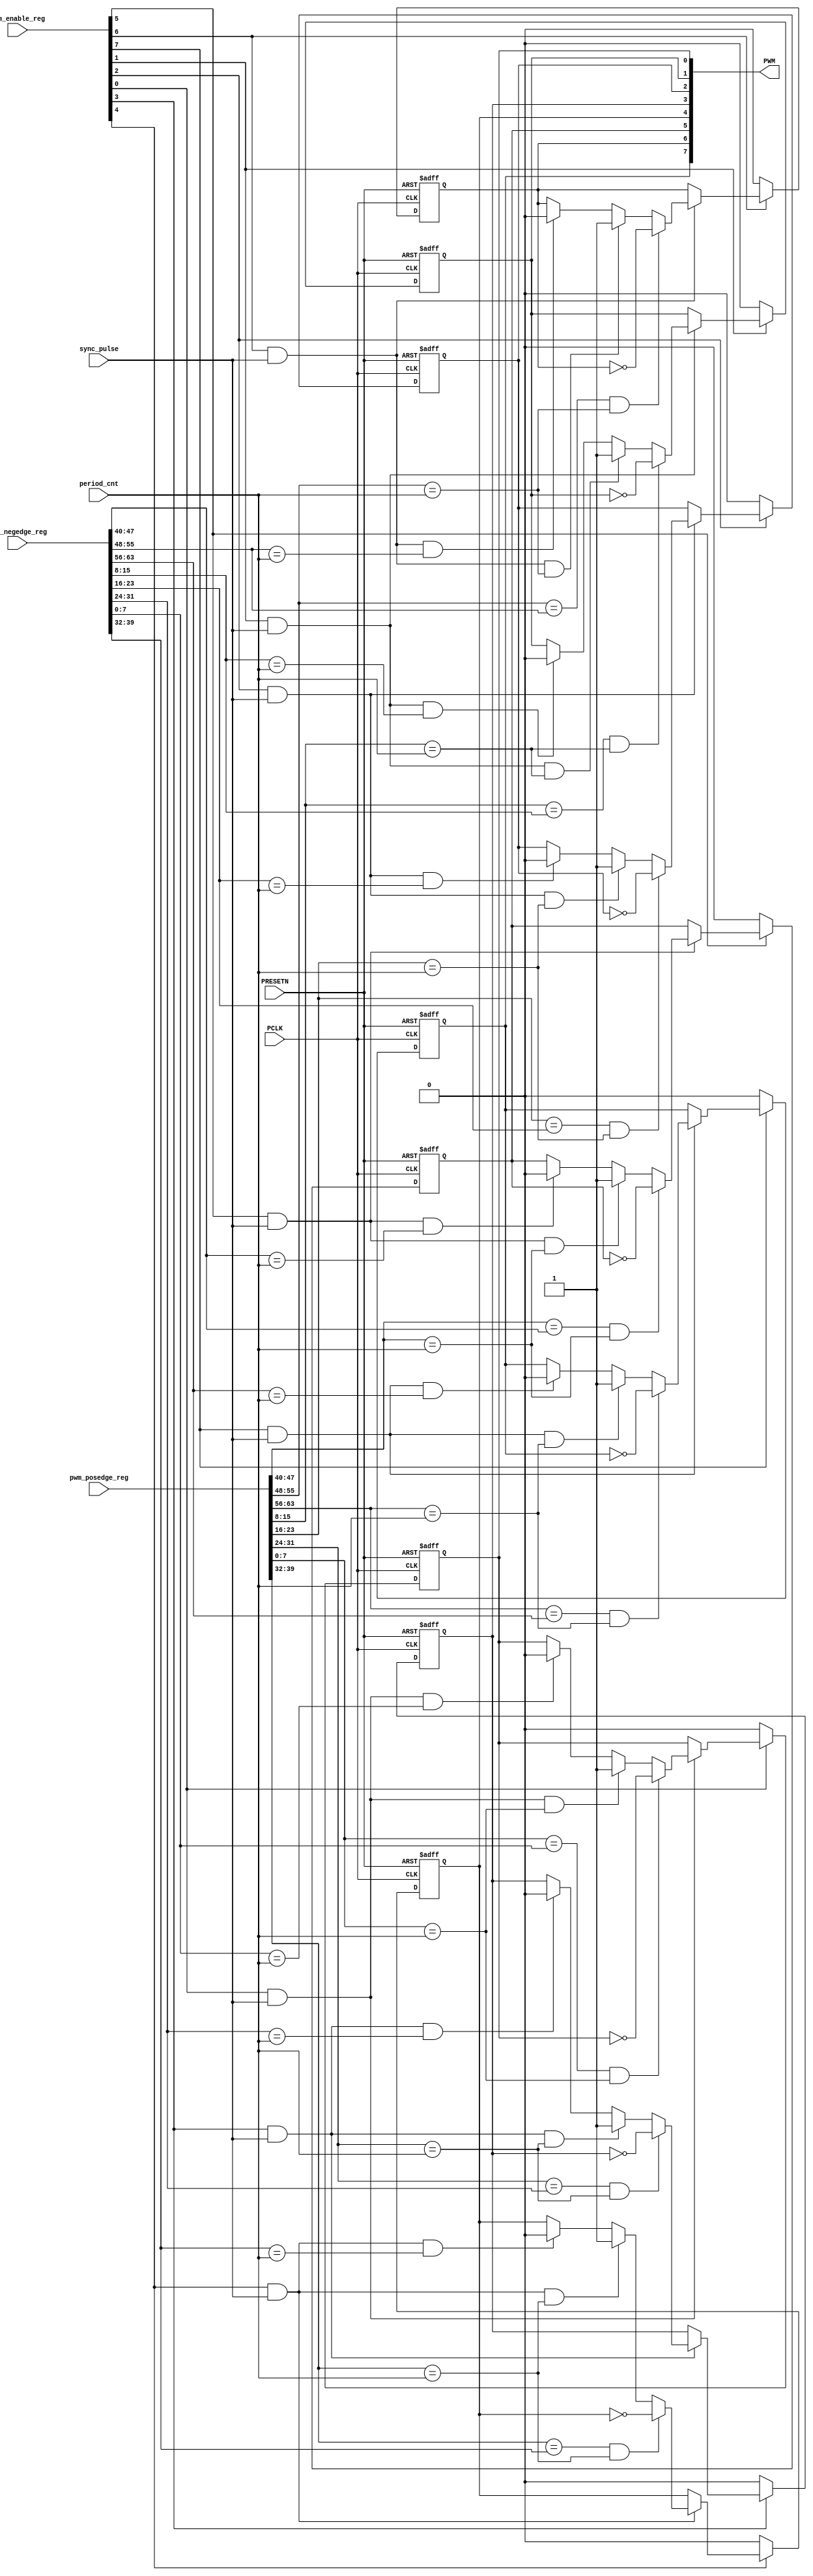
/******************************************************************************

    File Name:  pwm_gen.v
      Version:  4.0
         Date:  July 14th, 2009
  Description:  PWM Generation Module
  
  
  SVN Revision Information:
  SVN $Revision: 10769 $
  SVN $Date: 2009-11-05 15:38:11 -0800 (Thu, 05 Nov 2009) $  
  
  

 COPYRIGHT 2009 BY ACTEL 
 THE INFORMATION CONTAINED IN THIS DOCUMENT IS SUBJECT TO LICENSING RESTRICTIONS 
 FROM ACTEL CORP.  IF YOU ARE NOT IN POSSESSION OF WRITTEN AUTHORIZATION FROM 
 ACTEL FOR USE OF THIS FILE, THEN THE FILE SHOULD BE IMMEDIATELY DESTROYED AND 
 NO BACK-UP OF THE FILE SHOULD BE MADE. 
 
FUNCTIONAL DESCRIPTION: 
Refer to the CorePWM Handbook.
******************************************************************************/
`timescale 1 ns / 1 ns // timescale for following modules

module pwm_gen #(
parameter PWM_NUM = 8,
parameter APB_DWIDTH = 8,
parameter DAC_MODE = 0
) (
input  PRESETN, 
input  PCLK, 
output [PWM_NUM:1] PWM,
input [APB_DWIDTH-1:0] period_cnt,
input [PWM_NUM:1] pwm_enable_reg,
input [PWM_NUM*APB_DWIDTH:1] pwm_posedge_reg ,
input [PWM_NUM*APB_DWIDTH:1] pwm_negedge_reg ,
input sync_pulse
);

//reg declarations
reg [PWM_NUM:1] PWM_int;
reg [PWM_NUM*(APB_DWIDTH+1):1] acc;
//////main//////
assign PWM[PWM_NUM:1] = PWM_int[PWM_NUM:1];
////separate but identical reg structure for each output
genvar z;
generate for (z=1; z<=PWM_NUM; z=z+1)
begin: PWM_output_generation
// PWM output generatzon
if (DAC_MODE[z-1]==0)
 begin
  always @(negedge PRESETN or posedge PCLK)
  begin
   if (!PRESETN) 
   begin
         PWM_int[z] <= 1'b0;  
   end
   else
   begin
     if (pwm_enable_reg[z] == 1'b0)
     begin
         PWM_int[z] <= 1'b0;
     end 
     else if ((pwm_enable_reg[z] == 1'b1) && (sync_pulse == 1'b1) )
     begin
       if ((pwm_posedge_reg[z*APB_DWIDTH:(z-1)*APB_DWIDTH + 1] == pwm_negedge_reg[z*APB_DWIDTH:(z-1)*APB_DWIDTH + 1]) && 
            ((pwm_posedge_reg[z*APB_DWIDTH:(z-1)*APB_DWIDTH + 1]) == period_cnt)) //toggle mode
       begin
         PWM_int[z] <= ~PWM_int[z];
       end
       else if ((pwm_enable_reg[z] == 1'b1) && (sync_pulse == 1'b1) && 
                (pwm_posedge_reg[z*APB_DWIDTH:(z-1)*APB_DWIDTH + 1]) == period_cnt)  //set PWM out to 1.
       begin
   	     PWM_int[z] <= 1'b1;   
       end
       else if ((pwm_enable_reg[z] == 1'b1) && (sync_pulse == 1'b1) &&
                (pwm_negedge_reg[z*APB_DWIDTH:(z-1)*APB_DWIDTH + 1]) == period_cnt)  //set PWM out to 0.
       begin
   	     PWM_int[z] <= 1'b0;   
	   end
	 end
   end
  end
 end
else
  begin
  always @(negedge PRESETN or posedge PCLK)
  begin
   if (!PRESETN) 
   begin
        acc[z*(APB_DWIDTH+1):(z-1)*(APB_DWIDTH + 1)+1] <= 0;
        PWM_int[z] <= 1'b0;  
   end
   else
   begin
     if (pwm_enable_reg[z] == 1'b0)
     begin
         PWM_int[z] <= 1'b0;
     end 
	 else if (pwm_enable_reg[z] == 1'b1)
	 begin
        acc[z*(APB_DWIDTH+1):(z-1)*(APB_DWIDTH + 1)+1] <= acc[(z*(APB_DWIDTH+1))-1:(z-1)*(APB_DWIDTH + 1)+1] + pwm_negedge_reg[z*APB_DWIDTH:(z-1)*APB_DWIDTH + 1];
        PWM_int[z] <= acc[z*(APB_DWIDTH+1)]; 
     end 
   end
  end
 end
end
endgenerate

endmodule